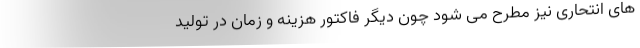
های انتحاری نیز مطرح می شود چون دیگر فاکتور هزینه و زمان در تولید